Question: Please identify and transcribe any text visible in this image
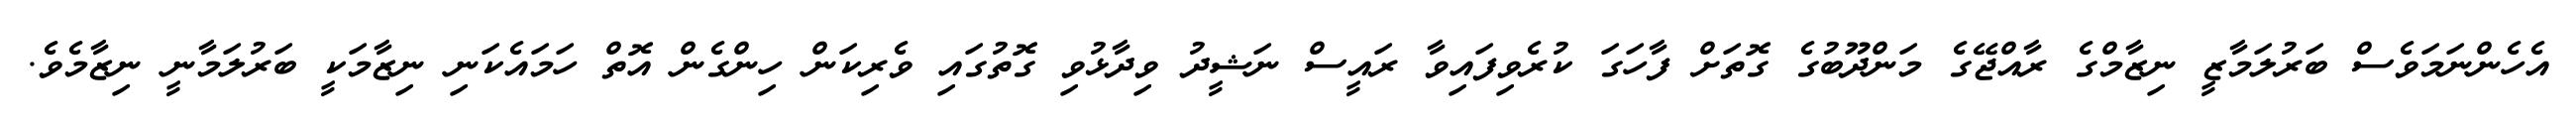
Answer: އެހެންނަމަވެސް ބަރުލަމާޒީ ނިޒާމްގެ ރާއްޖޭގެ މަންދޫބުގެ ގޮތަށް ފާހަގަ ކުރެވިފައިވާ ރައީސް ނަޝީދު ވިދާޅުވި ގޮތުގައި ވެރިކަން ހިންގެން އޮތް ހަމައެކަނި ނިޒާމަކީ ބަރުލަމާނީ ނިޒާމެވެ.